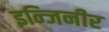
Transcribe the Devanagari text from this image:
इन्जिनीर